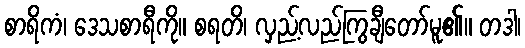
စာရိကံ၊ ဒေသစာရီကို။ စရတိ၊ လှည့်လည်ကြွချီတော်မူ၏။ တဒါ၊